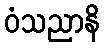
ဝံသညာနိ